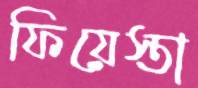
ফিয়েস্তা